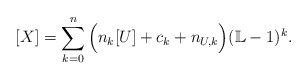
\begin{align*} [X] = \sum_{k=0}^n \Big(n_{k}[U] + c_k + n_{U,k}\Big) (\mathbb L-1)^{k}.\end{align*}